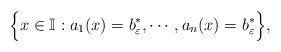
LaTeX: \begin{align*}\Big\{x \in \mathbb{I}:a_1(x) = b^\ast_\varepsilon, \cdots, a_n(x)= b^\ast _\varepsilon\Big\},\end{align*}